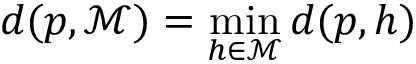
d ( p , { \mathcal { M } } ) = \operatorname* { m i n } _ { h \in { \mathcal { M } } } d ( p , h )